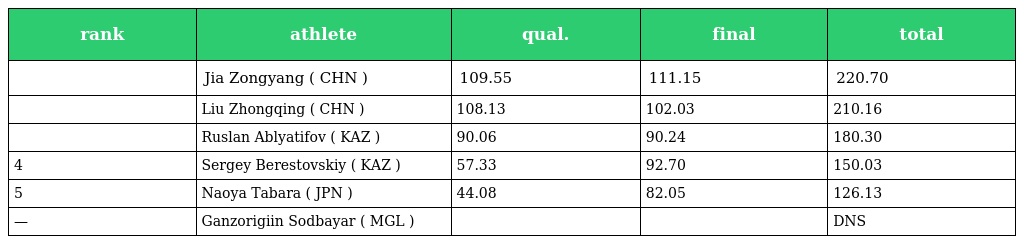
| rank | athlete | qual. | final | total |
 | --- | --- | --- | --- | --- |
 |  | Jia Zongyang ( CHN ) | 109.55 | 111.15 | 220.70 |
 |  | Liu Zhongqing ( CHN ) | 108.13 | 102.03 | 210.16 |
 |  | Ruslan Ablyatifov ( KAZ ) | 90.06 | 90.24 | 180.30 |
 | 4 | Sergey Berestovskiy ( KAZ ) | 57.33 | 92.70 | 150.03 |
 | 5 | Naoya Tabara ( JPN ) | 44.08 | 82.05 | 126.13 |
 | — | Ganzorigiin Sodbayar ( MGL ) |  |  | DNS |